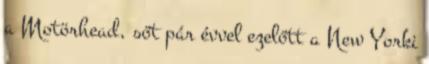
a Motörhead, sőt pár évvel ezelőtt a New Yorki